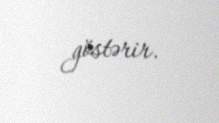
göstərir.